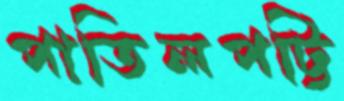
পাতিলপট্টি